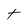
Character: t